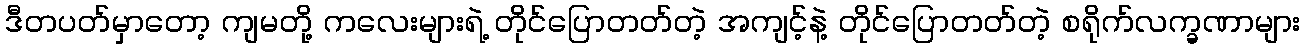
ဒီတပတ်မှာတော့ ကျမတို့ ကလေးများရဲ့ တိုင်ပြောတတ်တဲ့ အကျင့်နဲ့ တိုင်ပြောတတ်တဲ့ စရိုက်လက္ခဏာများ